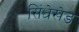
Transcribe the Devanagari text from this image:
सिंधेखेड